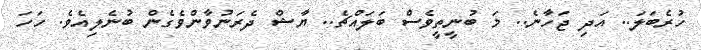
ހުރެބަލަ.. އަދި ޖަހާނެ.. މަ ބުނީތީވެސް ބަލައްޗެ.. ޔާޝް ދެރަނުވާންވެގެން ބުނެލިއެވެ. ހަހަ